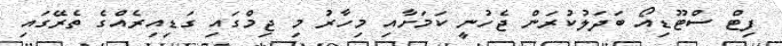
ފިޓް ސްްޓޫޑިއޯ ބަދަލުކުރަން ޖެހުނީ ކަމަށާއި މިހާރު މި ޖިމްގައި ގަޑިއިރެއްގެ ތެރޭގައި